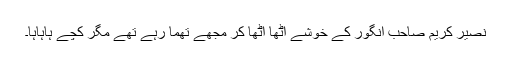
نصیر کریم صاحب انگور کے خوشے اٹھا اٹھا کر مجھے تھما رہے تھے مگر کچے ہاہاہا۔